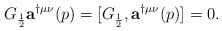
\begin{align*}G_{\frac{1}{2}}{\bf a}^{\dag\mu\nu}(p)= [ G_{\frac{1}{2}}, {\bf a}^{\dag\mu\nu}(p) ]=0.\end{align*}